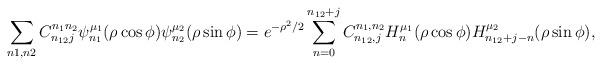
LaTeX: \begin{align*} \displaystyle\sum\limits_{n1,n2}C^{n_1 n_2}_{n_{12}j} \psi_{n_1}^{\mu_1}(\rho \cos \phi)\psi_{n_2}^{\mu_2}(\rho \sin \phi) = e^{-\rho^2/2} \displaystyle\sum\limits_{n=0}^{n_{12}+j}C^{n_1,n_2}_{n_{12}, j} H_{n}^{\mu_1}(\rho\cos\phi)H_{n_{12}+j-n}^{\mu_2}(\rho\sin\phi),\end{align*}